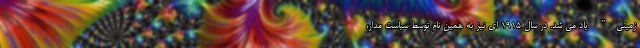
زمینی" یاد می شد. در سال 1915 ای نیز به همین نام توسط سیاست مدار،